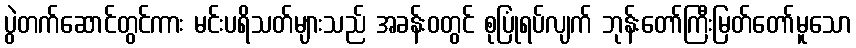
ပွဲတက်ဆောင်တွင်ကား မင်းပရိသတ်များသည် အခန်းဝတွင် စုပြုံရပ်လျက် ဘုန်းတော်ကြီးမြတ်တော်မူသော